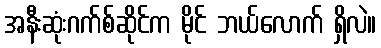
အနီးဆုံးဂက်စ်ဆိုင်က မိုင် ဘယ်လောက် ရှိလဲ။